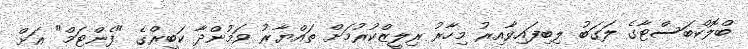
ބްލޮކްބަސްޓާގެ ލަގަބު ލިބިފައިވާއިރު މިހާރު ރިލީޒްކުރުމަށް ތައްޔާރު ވަމުންދާ ކަބީރްގެ "ފެންޓަމް" އަށް